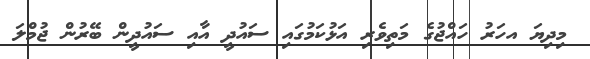
މިދިޔަ އހަރު ހައްޖުގެ މަތިވެރި އަޅުކަމުގައި ސައުދީ އާއި ސައުދީން ބޭރުން ޖުމްލަ